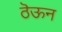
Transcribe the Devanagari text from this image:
ठॆऊन